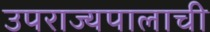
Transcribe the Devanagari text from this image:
उपराज्यपालाची